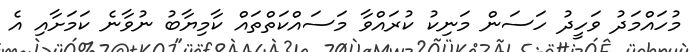
މުހައްމަދު ވަހީދު ހަސަން މަނިކު ކުރައްވާ މަސައްކަތްތައް ކާމިޔާބު ނުވާނެ ކަމަށާއި އެ